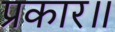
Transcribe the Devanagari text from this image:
प्रकार॥